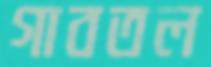
গাবতল